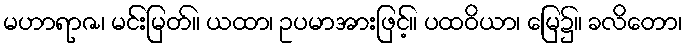
မဟာရာဇ၊ မင်းမြတ်။ ယထာ၊ ဥပမာအားဖြင့်။ ပထဝိယာ၊ မြေ၌။ ခလိတော၊